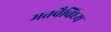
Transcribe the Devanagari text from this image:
मतवैविध्य